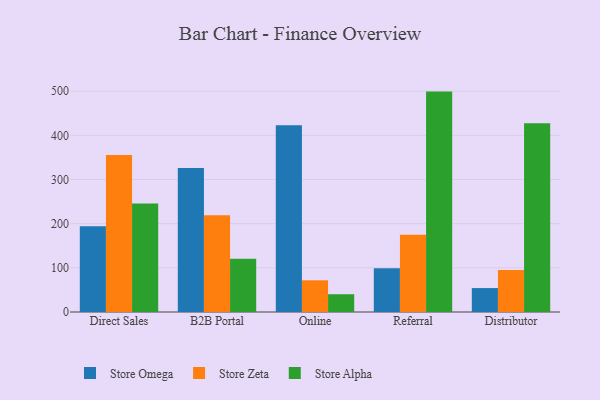
{"axis": {"x": "Channel", "y": "Satisfaction Score"}, "legend": ["Store Alpha", "Store Omega", "Store Zeta"], "data": [{"x": "Direct Sales", "y": 193.9, "type": "Store Omega"}, {"x": "Direct Sales", "y": 355.3, "type": "Store Zeta"}, {"x": "Direct Sales", "y": 245.4, "type": "Store Alpha"}, {"x": "B2B Portal", "y": 326.1, "type": "Store Omega"}, {"x": "B2B Portal", "y": 218.9, "type": "Store Zeta"}, {"x": "B2B Portal", "y": 120.8, "type": "Store Alpha"}, {"x": "Online", "y": 423.0, "type": "Store Omega"}, {"x": "Online", "y": 71.8, "type": "Store Zeta"}, {"x": "Online", "y": 40.2, "type": "Store Alpha"}, {"x": "Referral", "y": 99.0, "type": "Store Omega"}, {"x": "Referral", "y": 174.8, "type": "Store Zeta"}, {"x": "Referral", "y": 499.0, "type": "Store Alpha"}, {"x": "Distributor", "y": 54.2, "type": "Store Omega"}, {"x": "Distributor", "y": 95.3, "type": "Store Zeta"}, {"x": "Distributor", "y": 427.1, "type": "Store Alpha"}]}